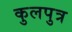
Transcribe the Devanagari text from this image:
कुलपुत्र